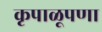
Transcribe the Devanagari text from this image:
कृपाळूपणा